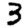
Digit: 3